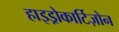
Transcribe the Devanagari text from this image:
हाइड्रोकार्टिज़ोन